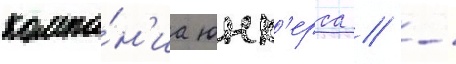
компа́н'иа юнк'ерса // -